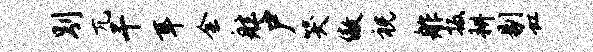
别兀干耳会舷户哭傲祝舴扳耕剔虹